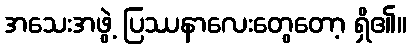
အသေးအဖွဲ့ ပြဿနာလေးတွေတော့ ရှိ၏။